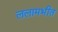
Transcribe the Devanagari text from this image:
ललामभीत